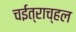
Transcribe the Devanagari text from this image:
चईत्राच्हल